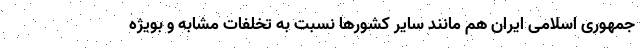
جمهوری اسلامی ایران هم مانند سایر کشورها نسبت به تخلفات مشابه و بویژه